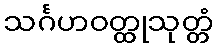
သင်္ဂဟဝတ္ထုသုတ္တံ